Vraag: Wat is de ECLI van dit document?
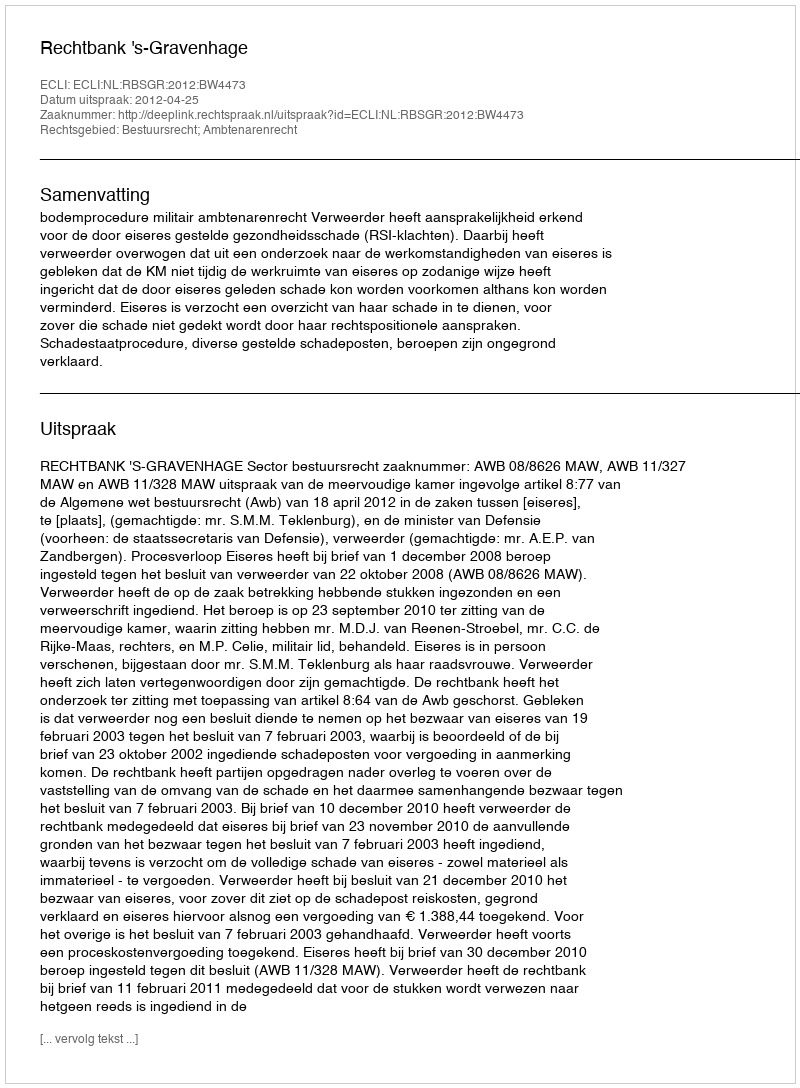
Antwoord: ECLI:NL:RBSGR:2012:BW4473